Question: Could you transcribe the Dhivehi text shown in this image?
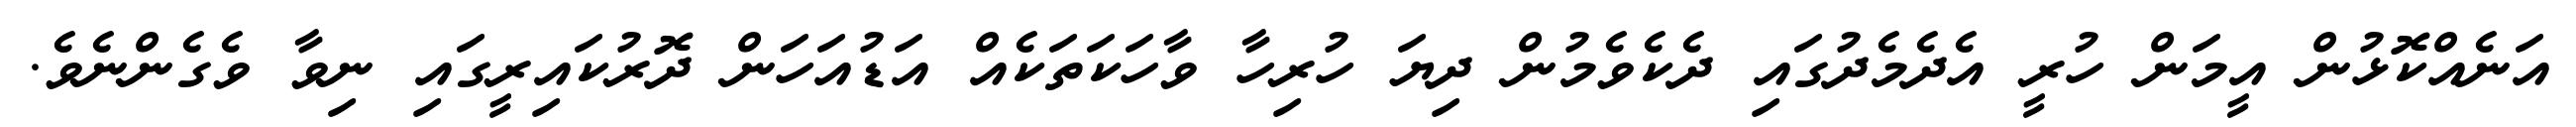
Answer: އަނެއްކޮޅުން އީމަން ހުރީ އެދެމެދުގައި ދެކެވެމުން ދިޔަ ހުރިހާ ވާހަކަތަކެއް އަޑުއަހަން ދޮރުކައިރީގައި ނިވާ ވެގެންނެވެ.